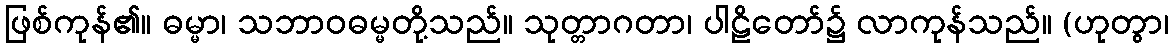
ဖြစ်ကုန်၏။ ဓမ္မာ၊ သဘာဝဓမ္မတို့သည်။ သုတ္တာဂတာ၊ ပါဠိတော်၌ လာကုန်သည်။ (ဟုတွာ၊